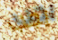
يجب